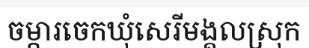
ចម្ការចេកឃុំសេរីមង្គលស្រុក